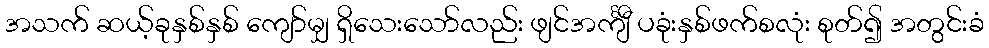
အသက် ဆယ့်ခုနှစ်နှစ် ကျော်မျှ ရှိသေးသော်လည်း ဖျင်အင်္ကျီ ပခုံးနှစ်ဖက်စလုံး စုတ်၍ အတွင်းခံ